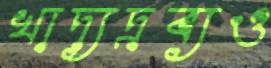
খাদ্যদ্রব্যও